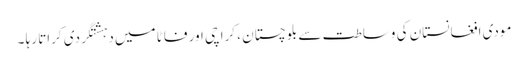
مودی افغانستان کی وساطت سے بلوچستان ، کراچی اور فاٹا میں دہشتگردی کراتا رہا ۔